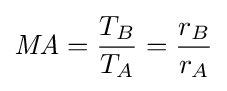
{\mathit {MA}}={\frac {T_{B}}{T_{A}}}={\frac {r_{B}}{r_{A}}}